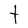
Character: t